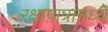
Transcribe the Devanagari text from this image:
रक्षापात्रांमध्ये